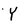
Character: Y